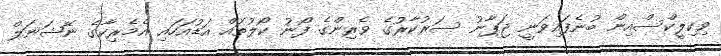
ވިކިލީކްސްއިން ބުނެފައިވަނީ ޖަޕާނު ސަރުކާރުގެ ވެރިންގެ ފޯނު ކޯލުތައް އަޑުއަހައި އެމެރިކާގެ ނޭޝަނަލް